[Report on the health of British troops in the Madras command]
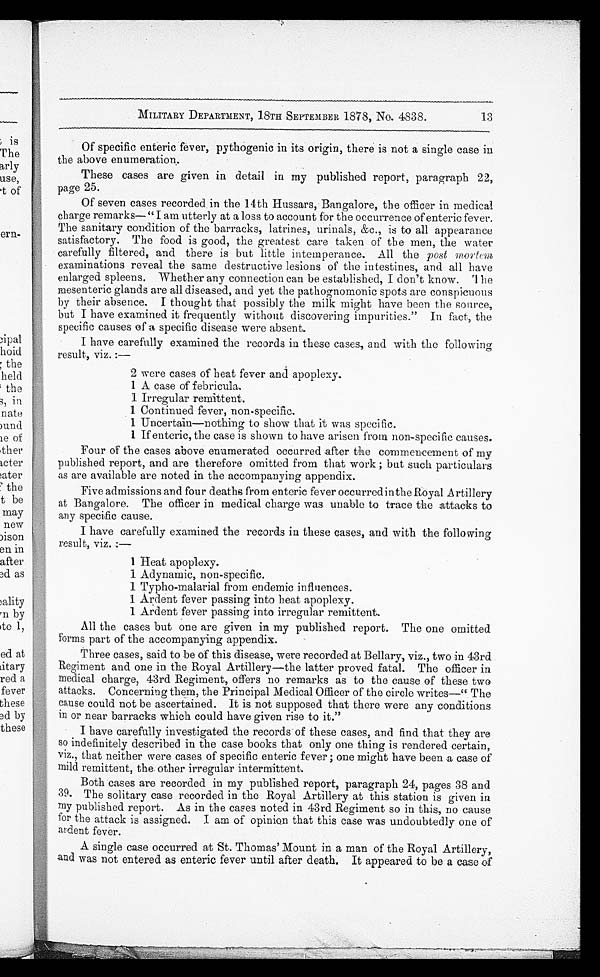
MILITARY DEPARTMENT, 18TH SEPTEMBER 1878, No. 4838.
Of specific enteric fever, pythogenic in its origin, there is not a single case in
the above enumeration.
These cases are given in detail in my published report, paragraph 22,
page 25.
Of seven cases recorded in the 14th Hussars, Bangalore, the officer in medical
charge remarks— "I am utterly at a loss to account for the occurrence of enteric fever.
The sanitary condition of the barracks, latrines, urinals, &c., is to all appearance
satisfactory. The food is good, the greatest care taken of the men, the water
carefully filtered, and there is but little intemperance. All the post mortem
examinations reveal the same destructive lesions of the intestines, and all have
enlarged spleens. Whether any connection can be established, I don't know. The
mesenteric glands are all diseased, and yet the pathognomonic spots are conspicuous
by their absence. I thought that possibly the milk might have been the source,
but I have examined it frequently without discovering impurities." In fact, the
specific causes of a specific disease were absent.
I have carefully examined the records in these cases, and with the following
result. , viz. :—
2 were cases of heat fever and apoplexy.
1 A case of febricula.
1 Irregular remittent.
1 Continued fever, non-specific.
1 Uncertain—nothing to show that it was specific.
1 If enteric, the case is shown to have arisen from non-specific causes.
Four of the cases above enumerated occurred after the commencement of my
published report, and are therefore omitted from that work ; but such particulars
as are available are noted in the accompanying appendix.
Five admissions and four deaths from enteric fever occurred in the Royal Artillery
at Bangalore. The officer in medical charge was unable to trace the attacks to
any specific cause.
I have carefully examined the records in these cases, and with the following
result, viz.:—
1 Heat apoplexy.
1 Adynamic, non-specific.
1 Typho-malarial from endemic influences.
1 Ardent fever passing into heat apoplexy.
1 Ardent fever passing into irregular remittent.
All the cases but one are given in my published report. The one omitted
forms part of the accompanying appendix.
Three cases, said to be of this disease, were recorded at Bellary, viz., two in 43rd
Regiment and one in the Royal Artillery—the latter proved fatal. The officer in
medical charge, 43rd Regiment, offers no remarks as to the cause of these two
attacks. Concerning them, the Principal Medical Officer of the circle writes—"The
cause could not be ascertained. It is not supposed that there were any conditions
in or near barracks which could have given rise to it."
I have carefully investigated the records of these cases, and find that they are
so indefinitely described in the case books that only one thing is rendered certain,
viz., that neither were cases of specific enteric fever ; one might have been a case of
mild remittent, the other irregular intermittent.
Both cases are recorded in my published report, paragraph 24, pages 38 and
39. The solitary case recorded in the Royal Artillery at this station is given in
my published report. As in the cases noted in 43rd Regiment so in this, no cause
for the attack is assigned. I am of opinion that this case was undoubtedly one of
ardent fever.
A single case occurred at St. Thomas' Mount in a man of the Royal Artillery,
and was not entered as enteric fever until after death. It appeared to be a case of
1_3